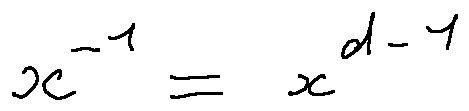
x ^ { - 1 } = x ^ { d - 1 }